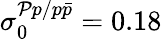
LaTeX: \sigma_{0}^{{\cal{P}}p/{p\bar{p}}}=0.18